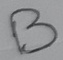
Text: B